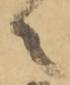
之